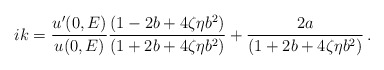
\begin{align*}ik=\frac{u'(0,E)}{u(0,E)}\frac{(1-2b+4\zeta\eta b^2)}{(1+2b+4\zeta\eta b^2)}+\frac{2a}{(1+2b+4\zeta\eta b^2)}\,.\end{align*}